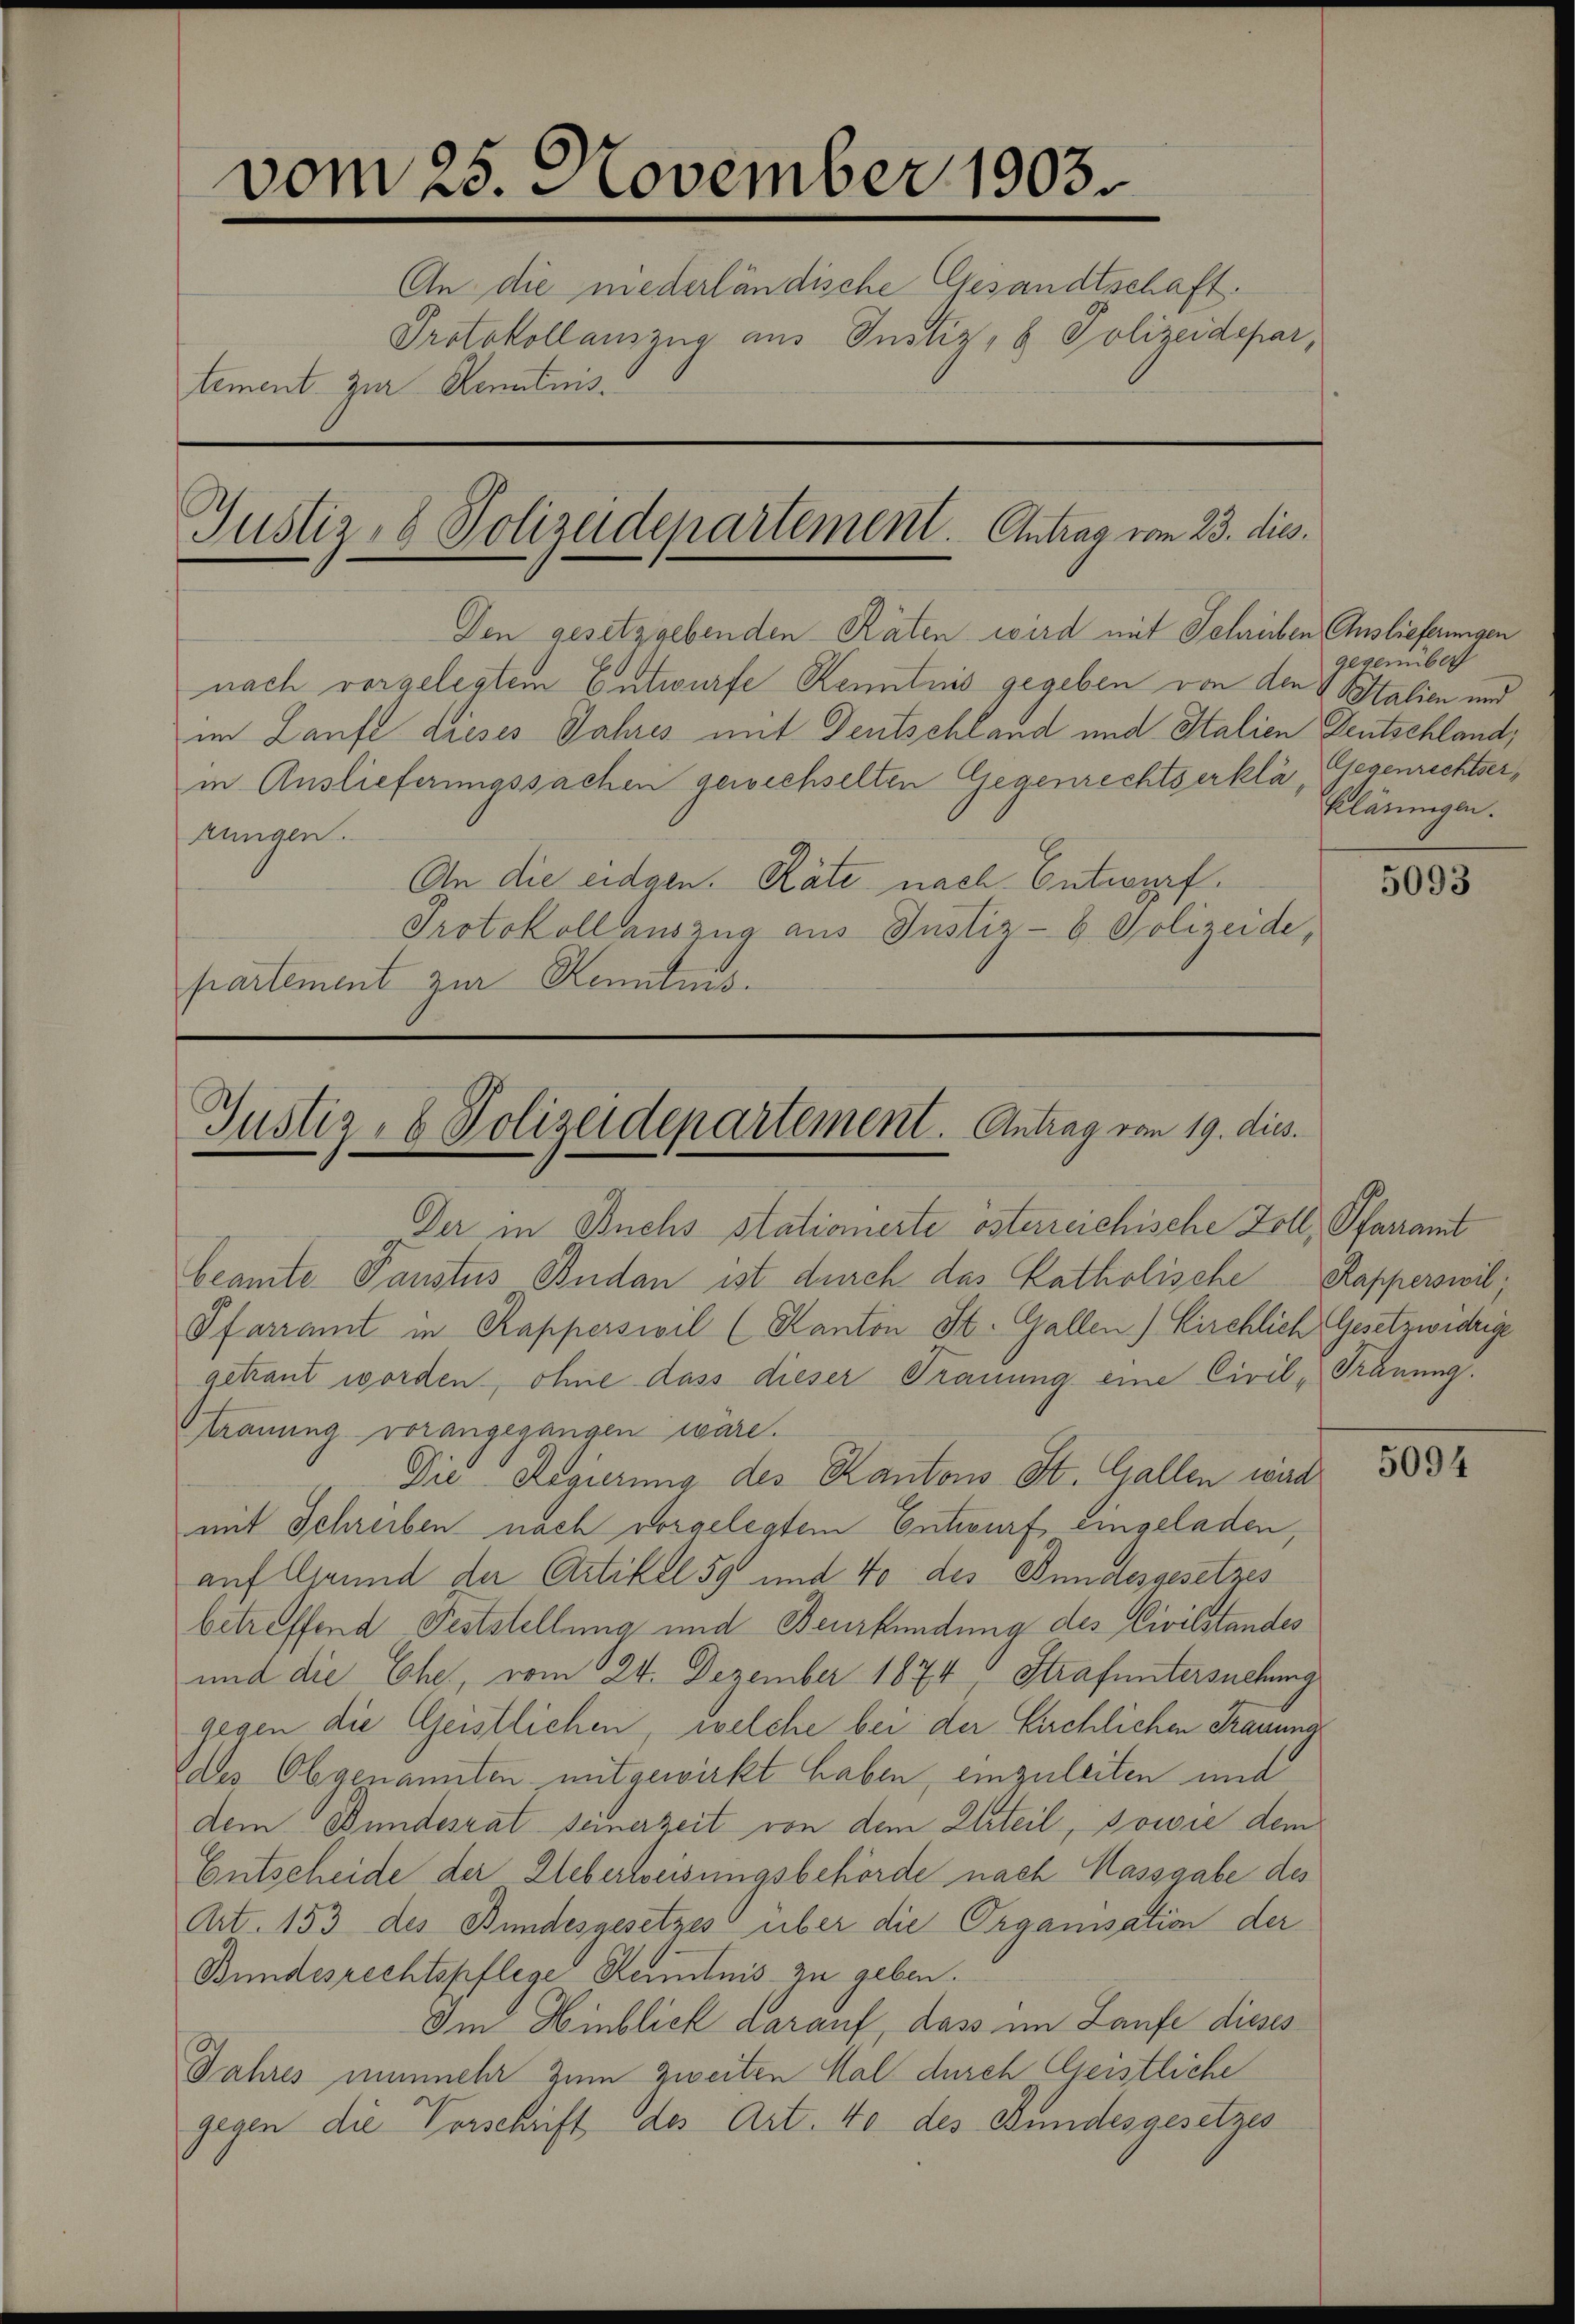
vom 25. November 1903.
An die niederländische Gesandtschaft.
Protokollauszug aus Justiz, 8 Polizeidepartement zur Kenntnis.
Justiz- & Polizeidepartement. Antrag vom 23. dies.

Justiz- & Polizeidepartement. Antrag vom 19. dies.

Den gesetzgebenden Räten wird mit Schreiben Auslieferungen
nach vorgelegtem Entwurfe Kenntnis gegeben von den Stalien und
im Laufe dieses Jahres mit Deutschland und Stalien Deutschland,
in Auslieferungssachen gewechselten Gegenrechtserklä, Gegenrichtserkungen.
An die eidgen. Räte nach Entwurf.
Protokoll auszug aus Justiz- & Polizeide,
partement zur Kenntnis.

Der in Buchs stationierte österreichische Zoll, Pfarramt
beamte Paustus Budan ist durch das Katholische Kapperswil,
Pfarramt in Rapperswil (Kanton St. Gallen) Kirchlich Gesetzwidrige
gekaut worden, ohne dass dieser Trauung eine Civiltrauung vorangegangen wäre.
Die Regierung des Kantons St. Gallen wird
mit Schreiben nach vorgelegtem Entwurf eingeladen,
auf Grund der Artikel 59 und 40 des Bundesgesetzes
betreffend Feststellung und Beurkundung des Civilstandes
und die Ehe, vom 24. Dezember 1874. Strafuntersuchung
gegen die Geistlichen, welche bei der Kirchlichen Trauung
ades Obgenannten mitgewirkt haben, einzuleiten und
dem Bundesrat seinerzeit von dem Urteil, sowie dem
Entscheide der Ueberweisungsbehörde nach Massgabe des
Art. 153 des Bundesgesetzes über die Organisation der
Bundesrechtspflege Kenntnis zu geben.
Im Hinblick darauf, dass im Laufe dieses
Jahres nunmehr zum zweiten Mal durch Geistliche
gegen die Vorschrift des Art. 40 des Bundesgesetzes

gegenüber
klärungen.

5093

Schnung

5094